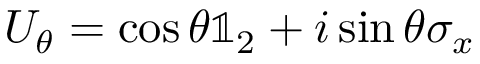
U _ { \theta } = \cos \theta \mathbb { 1 } _ { 2 } + i \sin \theta \sigma _ { x }